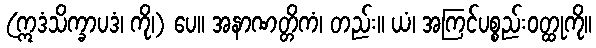
(ဣဒံသိက္ခာပဒံ၊ ကို၊) ပေ။ အနာဏတ္တိကံ၊ တည်း။ ယံ၊ အကြင်ပစ္စည်းဝတ္ထုကို။